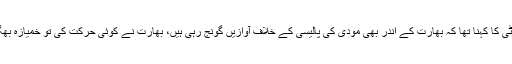
شریک چیئرمین پیپلز پارٹی کا کہنا تھا کہ بھارت کے اندر بھی مودی کی پالیسی کے خلاف آوازیں گونج رہی ہیں، بھارت نے کوئی حرکت کی تو خمیازہ بھگتنے کے لیے تیار رہے۔